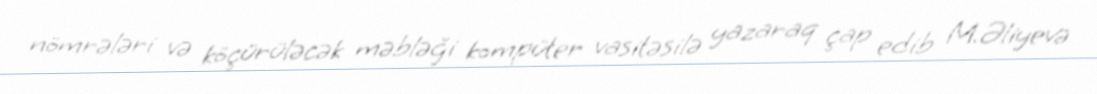
nömrələri və köçürüləcək məbləği kompüter vasitəsilə yazaraq çap edib M.Əliyevə